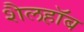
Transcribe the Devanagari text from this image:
शैलहाॅब